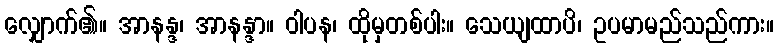
လျှောက်၏။ အာနန္ဒ၊ အာနန္ဒာ။ ဝါပန၊ ထိုမှတစ်ပါး။ သေယျထာပိ၊ ဥပမာမည်သည်ကား။